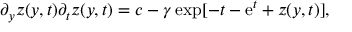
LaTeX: \partial _ { y } z ( y , t ) \partial _ { t } z ( y , t ) = c - \gamma \exp [ - t - \mathrm { e } ^ { t } + z ( y , t ) ] ,